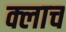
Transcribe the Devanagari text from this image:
क्लाच